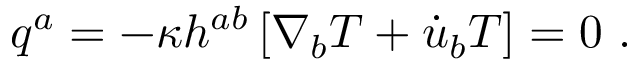
q ^ { a } = - \kappa h ^ { a b } \left[ \nabla _ { b } T + \dot { u } _ { b } T \right] = 0 ~ .